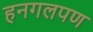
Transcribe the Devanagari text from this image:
हनगलपण